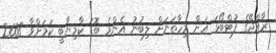
ރާއްޖޭގެ ފުޓްބޯޅަ އަށް މިހާތަނަށް ލިބުނު އެންމެ ބޮޑު ކާމިޔާބީ ކަމަށްވާ 2008